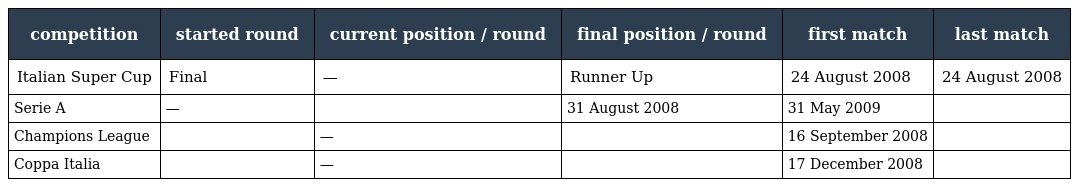
| competition | started round | current position / round | final position / round | first match | last match |
 | --- | --- | --- | --- | --- | --- |
 | Italian Super Cup | Final | — | Runner Up | 24 August 2008 | 24 August 2008 |
 | Serie A | — |  | 31 August 2008 | 31 May 2009 |  |
 | Champions League |  | — |  | 16 September 2008 |  |
 | Coppa Italia |  | — |  | 17 December 2008 |  |